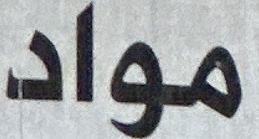
مواد